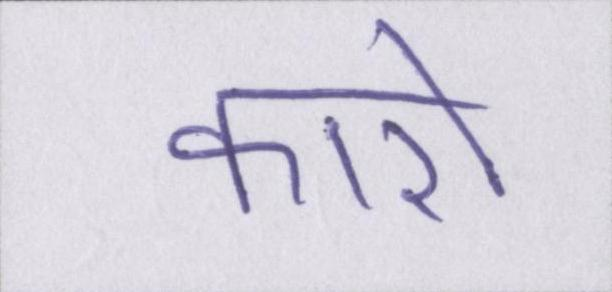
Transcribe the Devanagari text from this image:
कारो